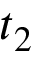
t _ { 2 }